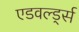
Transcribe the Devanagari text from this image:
एडवर्ल्ड्स